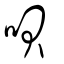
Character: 唄